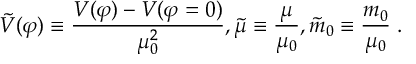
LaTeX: { \tilde { V } } ( \varphi ) \equiv { \frac { V ( \varphi ) - V ( \varphi = 0 ) } { \mu _ { 0 } ^ { 2 } } } , { \tilde { \mu } } \equiv { \frac { \mu } { \mu _ { 0 } } } , { \tilde { m } } _ { 0 } \equiv { \frac { m _ { 0 } } { \mu _ { 0 } } } \; .